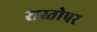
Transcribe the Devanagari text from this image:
रास्तोपर